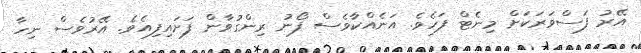
އޭރު ފަސްވަރަކަށް މިނެޓް ފަހެވެ. އަނެއްކާވެސް ފޯނު ރިންގުވާން ފަށައިފިއެވެ. އޭރުވެސް ނިހާ